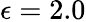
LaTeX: \epsilon=2.0